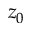
z _ { 0 }